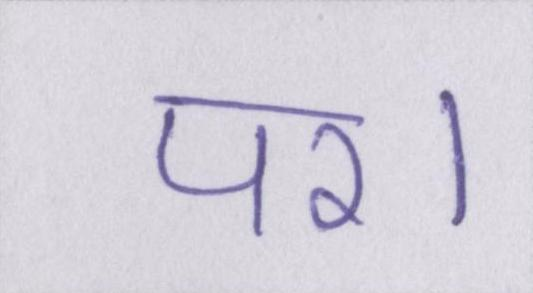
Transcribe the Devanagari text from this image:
पर।